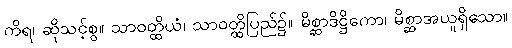
ကိရ၊ ဆိုသင့်စွ။ သာဝတ္ထိယံ၊ သာဝတ္ထိပြည်၌။ မိစ္ဆာဒိဋ္ဌိကော၊ မိစ္ဆာအယူရှိသော။